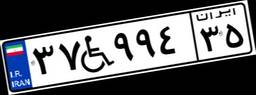
۳۷W۹۹۴۳۵